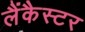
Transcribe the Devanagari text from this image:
लैंकैस्टर